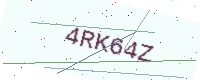
Text: 4RK64Z